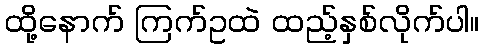
ထို့နောက် ကြက်ဥထဲ ထည့်နှစ်လိုက်ပါ။